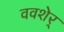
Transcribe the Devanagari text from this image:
ववशेर्